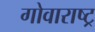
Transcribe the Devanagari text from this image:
गोवाराष्ट्र